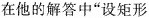
在他的解答中"设矩形